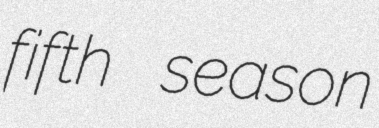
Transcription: fifth season